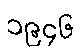
၁၉၄၆